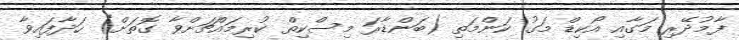
ފާމުދޭރި މަގާއި އޯކިޑް މަގު ކަންމަތި (ބަންޑާރަ މިސްކިތް ކުރިމައްޗަށްވާ ގޮތަށް) ހަދާފައިވާ